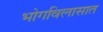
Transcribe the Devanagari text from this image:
भोगविलासात